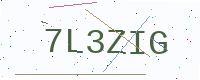
Text: 7L3ZIG